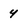
Character: 4